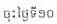
ចុះថ្ងៃទី១០